Annual report on the working of the Harcourt Butler Institute of Public Health, Rangoon
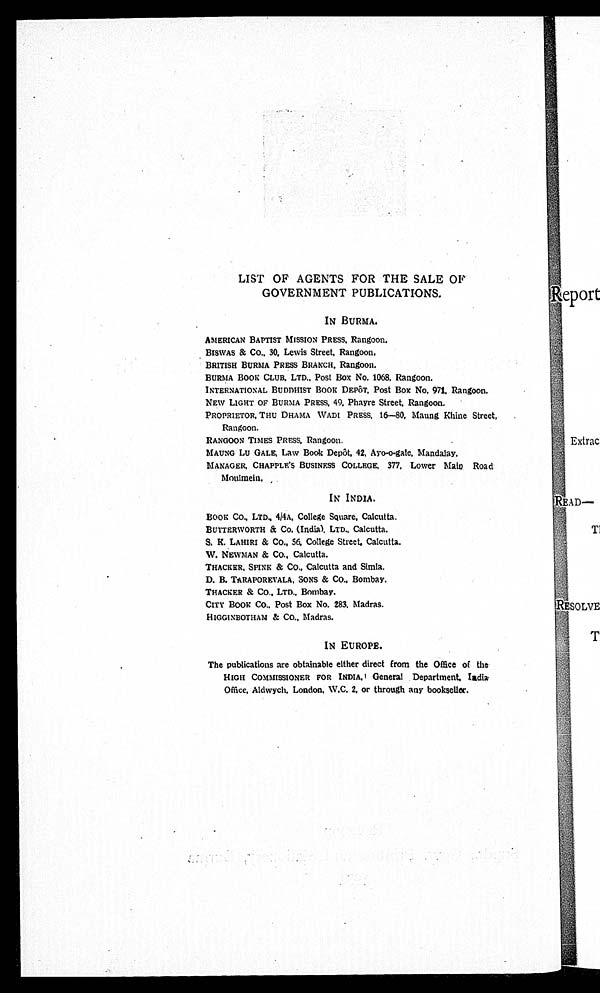
LIST OF AGENTS FOR THE SALE OF
GOVERNMENT PUBLICATIONS.
IN BURMA.
AMERICAN BAPTIST MISSION PRESS, Rangoon.
BI S WAS & Co . , 3 0 , L e wi s S t r e e t , Ra n g o o n ,
BRITISH BURMA PRESS BRANCH, Rangoon.
BURMA BOOK CLUB, LTD. , Post Box No. 1068. Rangoon.
INTERNATIONAL BUDDHIST BOOK DEPÔT. Post Box No. 971. Rangoon.
NEW LIGHT OF BURMA PRESS, 49, Phayre Street, Rangoon.
PROPRIETOR, THU DHAMA WADI PRESS, 16–80, Maung Khine Street,
Rangoon.
RANGOON TIMES PRESS, Rangoon.
MAUNG LU GALE, Law Book Depôt, 42, Ayo-o-gale, Mandalay.
MANAGER, CHAPPLE' S BUSINESS COLLEGE, 377, Lower Main Road
Moulmein.
IN INDIA.
BOOK Co. , LTD. , 4/4A, College Square, Calcutta.
BUTTERWORTH & Co. (Indi a), LTD. , Cal cutta.
S. K. LAHIRI & Co. , 56, College Street. Calcutta.
W. NEWMAN & Co. , Cal cut t a.
THACKER, SPINK & Co. , Calcutta and Simla.
D . B . T A R A P O R E V A L A , S O N S & C O . , B o m b a y .
THACKER & CO. , LTD. , Bombay.
C I T Y B O O K C o . , P o s t B o x N o . 2 8 3 . M a d r a s .
HIGGINBOTHAM & Co. , Madras.
IN EUROPE.
The publications are obtainable either direct from the Office of the
HIGH COMMISSIONER FOR INDIA, General Department, Indi a
Of f i c e , Al dwyc h, London, W. C. 2. or t hr ough a ny books e l l e r .